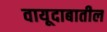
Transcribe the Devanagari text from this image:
वायूदाबातील